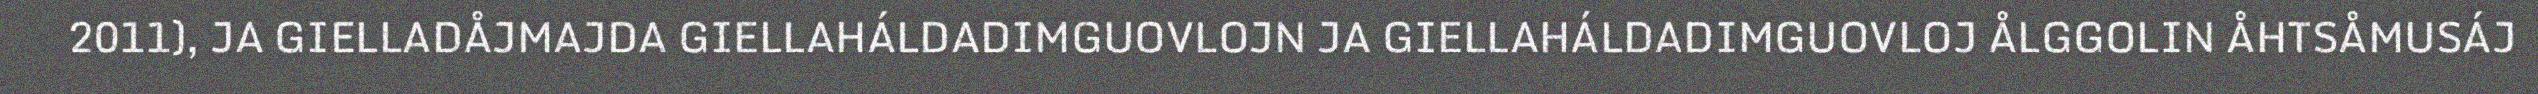
2011), JA GIELLADÅJMAJDA GIELLAHÁLDADIMGUOVLOJN JA GIELLAHÁLDADIMGUOVLOJ ÅLGGOLIN ÅHTSÅMUSÁJ